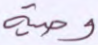
وصية